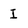
Character: I